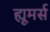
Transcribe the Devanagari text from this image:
ह्यूमर्स